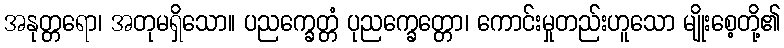
အနုတ္တရော၊ အတုမရှိသော။ ပညက္ခေတ္တံ ပုညက္ခေတ္တော၊ ကောင်းမှုတည်းဟူသော မျိုးစေ့တို့၏